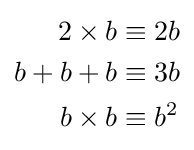
{\begin{aligned}2\times b&\equiv 2b\\b+b+b&\equiv 3b\\b\times b&\equiv b^{2}\end{aligned}}